Report of the Indian Hemp Drugs Commission, 1894-1895 - Volume II
Year: 1894
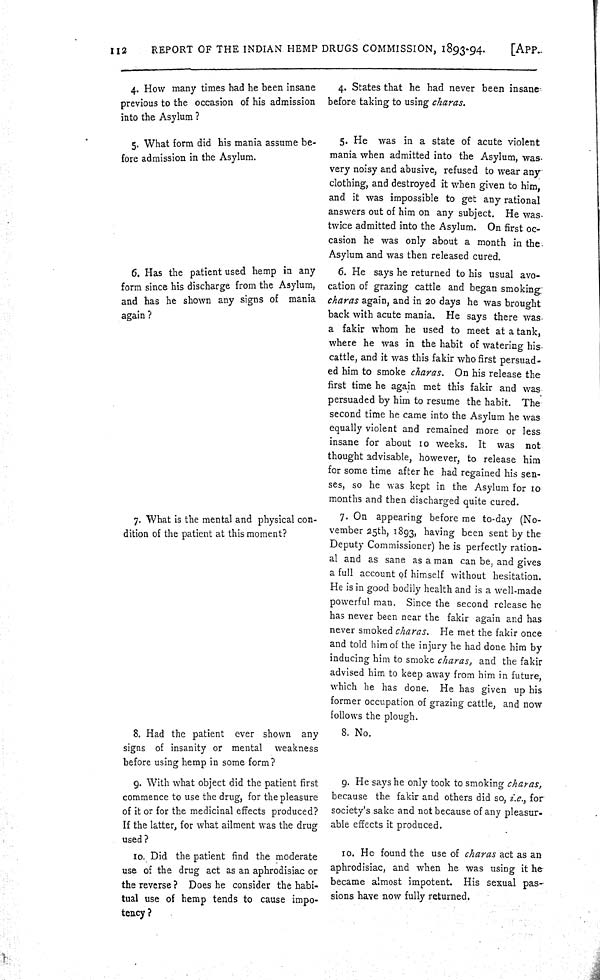
112
REPORT OF THE INDIAN HEMP DRUGS COMMISSION, 1893-94.
[APP-
4. How many times had he been insane
previous to the occasion of his admission
into the Asylum?
4. States that he had never been insane
before taking to using charas.
5. What form did his mania assume be-
fore admission in the Asylum.
5. He was in a state of acute violent
mania when admitted into the Asylum, was
very noisy and abusive, refused to wear any
clothing, and destroyed it when given to him,
and it was impossible to get any rational
answers out of him on any subject. He was
twice admitted into the Asylum. On first oc-
casion he was only about a month in the
Asylum and was then released cured.
6. Has the patient used hemp in any
form since his discharge from the Asylum,
and has he shown any signs of mania
again?
6. He says he returned to his usual avo-
cation of grazing cattle and began smoking
charas again, and in 20 days he was brought
back with acute mania. He says there was
a fakir whom he used to meet at a tank,
where he was in the habit of watering his
cattle, and it was this fakir who first persuad-
ed him to smoke charas. On his release the
first time he again met this fakir and was
persuaded by him to resume the habit. The
second time he came into the Asylum he was
equally violent and remained more or less
insane for about 10 weeks. It was not
thought advisable, however, to release him
for some time after he had regained his sen-
ses, so he was kept in the Asylum for 10
months and then discharged quite cured.
7. What is the mental and physical con-
dition of the patient at this moment?
7. On appearing before me to-day (No-
vember 25th, 1893, having been sent by the
Deputy Commissioner) he is perfectly ration-
al and as sane as a man can be, and gives
a full account of himself without hesitation.
He is in good bodily health and is a well-made
powerful man. Since the second release he
has never been near the fakir again and has
never smoked charas. He met the fakir once
and told him of the injury he had done him by
inducing him to smoke charas, and the fakir
advised him to keep away from him in future,
which he has done. He has given up his
former occupation of grazing cattle, and now
follows the plough.
8. Had the patient ever shown any
signs of insanity or mental weakness
before using hemp in some form?
8. No.
9. With what object did the patient first
commence to use the drug, for the pleasure
of it or for the medicinal effects produced?
If the latter, for what ailment was the drug
used?
9. He says he only took to smoking charas,
because the fakir and others did so, i.e., for
society's sake and not because of any pleasur-
able effects it produced.
10. Did the patient find the moderate
use of the drug act as an aphrodisiac or
the reverse? Does he consider the habi-
tual use of hemp tends to cause impo-
tency?
10. He found the use of charas act as an
aphrodisiac, and when he was using it he
became almost impotent. His sexual pas-
sions have now fully returned.